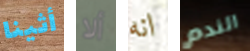
أثينا ألا انه الندم